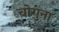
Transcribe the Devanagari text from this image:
चोगुना